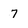
Character: 7